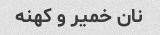
نان خمیر و کهنه